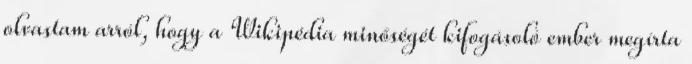
olvastam arról, hogy a Wikipédia minőségét kifogásoló ember megírta